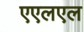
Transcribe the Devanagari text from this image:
एएलएल